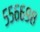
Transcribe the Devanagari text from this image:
५५६६९८